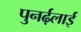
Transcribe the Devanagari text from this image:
पुनर्ढ़लाई